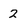
Character: 2